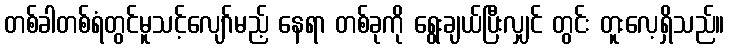
တစ်ခါတစ်ရံတွင်မူသင့်လျော်မည့် နေရာ တစ်ခုကို ရွေးချယ်ပြီးလျှင် တွင်း တူးလေ့ရှိသည်။